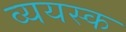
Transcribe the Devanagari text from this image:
व्ययस्क